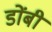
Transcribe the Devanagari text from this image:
डोंबी